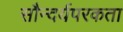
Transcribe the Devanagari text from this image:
सौन्दर्यपरकता